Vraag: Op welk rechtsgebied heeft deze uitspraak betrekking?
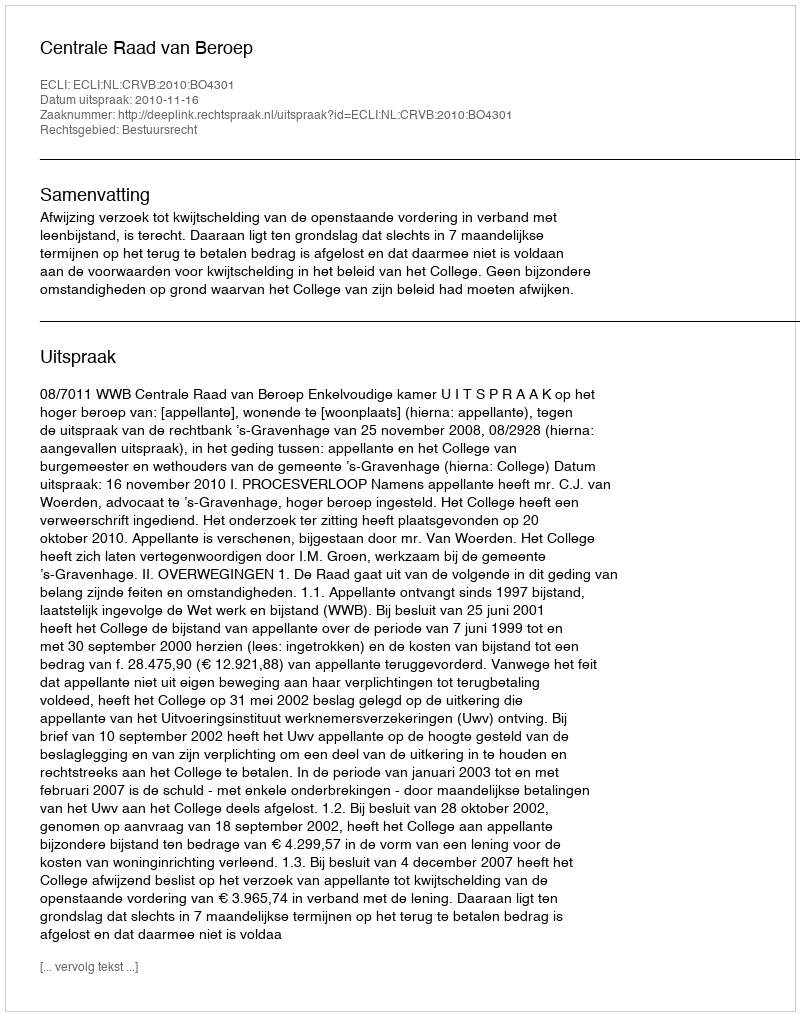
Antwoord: Bestuursrecht